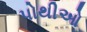
પોથીઓ